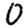
Digit: 0